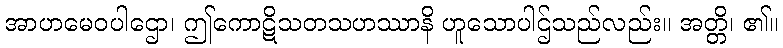
အာဟမေဝပါဌော၊ ဤကောဋိသတသဟဿာနိ ဟူသောပါဌ်သည်လည်း။ အတ္တိ၊ ၏။